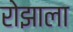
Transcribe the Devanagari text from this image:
रोझाला